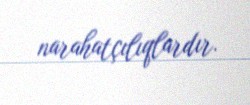
narahatçılıqlardır.